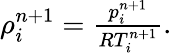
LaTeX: \begin{array}{r}{\rho_{i}^{n+1}=\frac{p_{i}^{n+1}}{RT_{i}^{n+1}}.}\end{array}